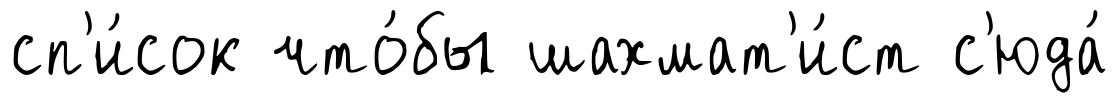
сп'и́сок что́бы шахмат'и́ст с'юда́